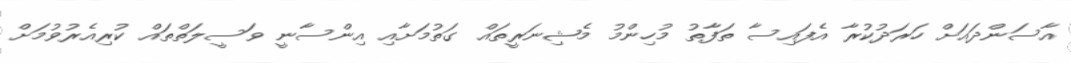
އާސަންދައަށް ހަރަދުކުރާ އެފައިސާ ތަފާތު މުހިންމު މެޝިނަރީތައް ގަތުމަށާއި އިންސާނީ ވަސީލަތްތައް ކުރިއެރުވުމަށް